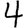
Digit: 4